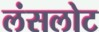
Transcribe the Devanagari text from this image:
लंसलोट